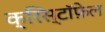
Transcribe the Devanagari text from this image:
क्रिस्टॉफ़ेल